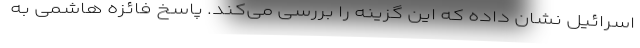
اسرائیل نشان داده که این گزینه را بررسی می‌کند. پاسخ فائزه هاشمی به